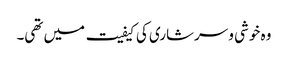
وہ خوشی و سرشاری کی کیفیت میں تھی۔